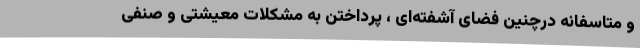
و متاسفانه درچنین فضای آشفته‌ای ، پرداختن به مشکلات معیشتی و صنفی